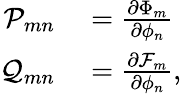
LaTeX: \begin{array}{rl}{\mathcal{P}_{mn}}&{{}=\frac{\partial\Phi_{m}}{\partial\phi_{n}}}\\ {\mathcal{Q}_{mn}}&{{}=\frac{\partial\mathcal{F}_{m}}{\partial\phi_{n}},}\end{array}